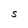
Character: S